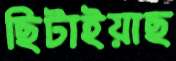
ছিটাইয়াছ